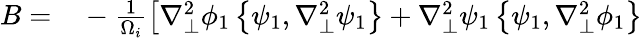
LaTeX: \begin{array}{rl}{B=}&{{}-\frac{1}{\Omega_{i}}\left[\nabla_{\perp}^{2}\phi_{1}\left\{ \psi_{1},\nabla_{\perp}^{2}\psi_{1}\right\} +\nabla_{\perp}^{2}\psi_{1}\left\{ \psi_{1},\nabla_{\perp}^{2}\phi_{1}\right\} \right.}\end{array}